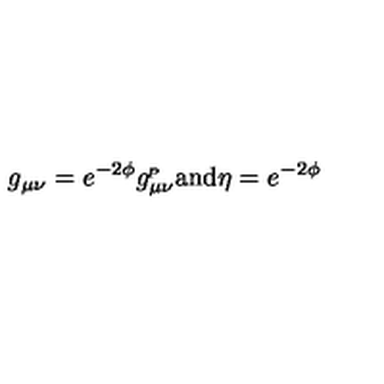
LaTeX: g _ { \mu \nu } = e ^ { - 2 \phi } g _ { \mu \nu } ^ { \! _ { P } } \mathrm { a n d } \eta = e ^ { - 2 \phi }